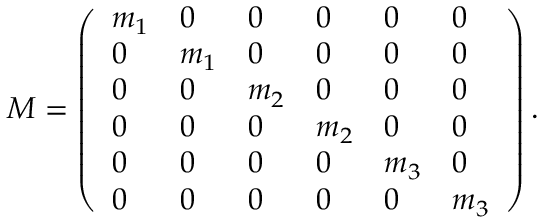
M = \left( \begin{array} { l l l l l l } { m _ { 1 } } & { 0 } & { 0 } & { 0 } & { 0 } & { 0 } \\ { 0 } & { m _ { 1 } } & { 0 } & { 0 } & { 0 } & { 0 } \\ { 0 } & { 0 } & { m _ { 2 } } & { 0 } & { 0 } & { 0 } \\ { 0 } & { 0 } & { 0 } & { m _ { 2 } } & { 0 } & { 0 } \\ { 0 } & { 0 } & { 0 } & { 0 } & { m _ { 3 } } & { 0 } \\ { 0 } & { 0 } & { 0 } & { 0 } & { 0 } & { m _ { 3 } } \end{array} \right) .